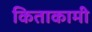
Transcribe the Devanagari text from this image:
किताकामी